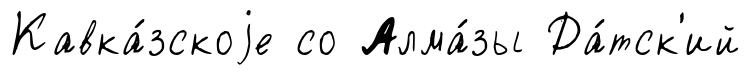
Кавка́зскоjе со Алма́зы Да́тск'ий